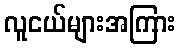
လူငယ်များအကြား